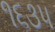
૧૬૩૫